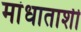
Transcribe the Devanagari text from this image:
मांधाताशी